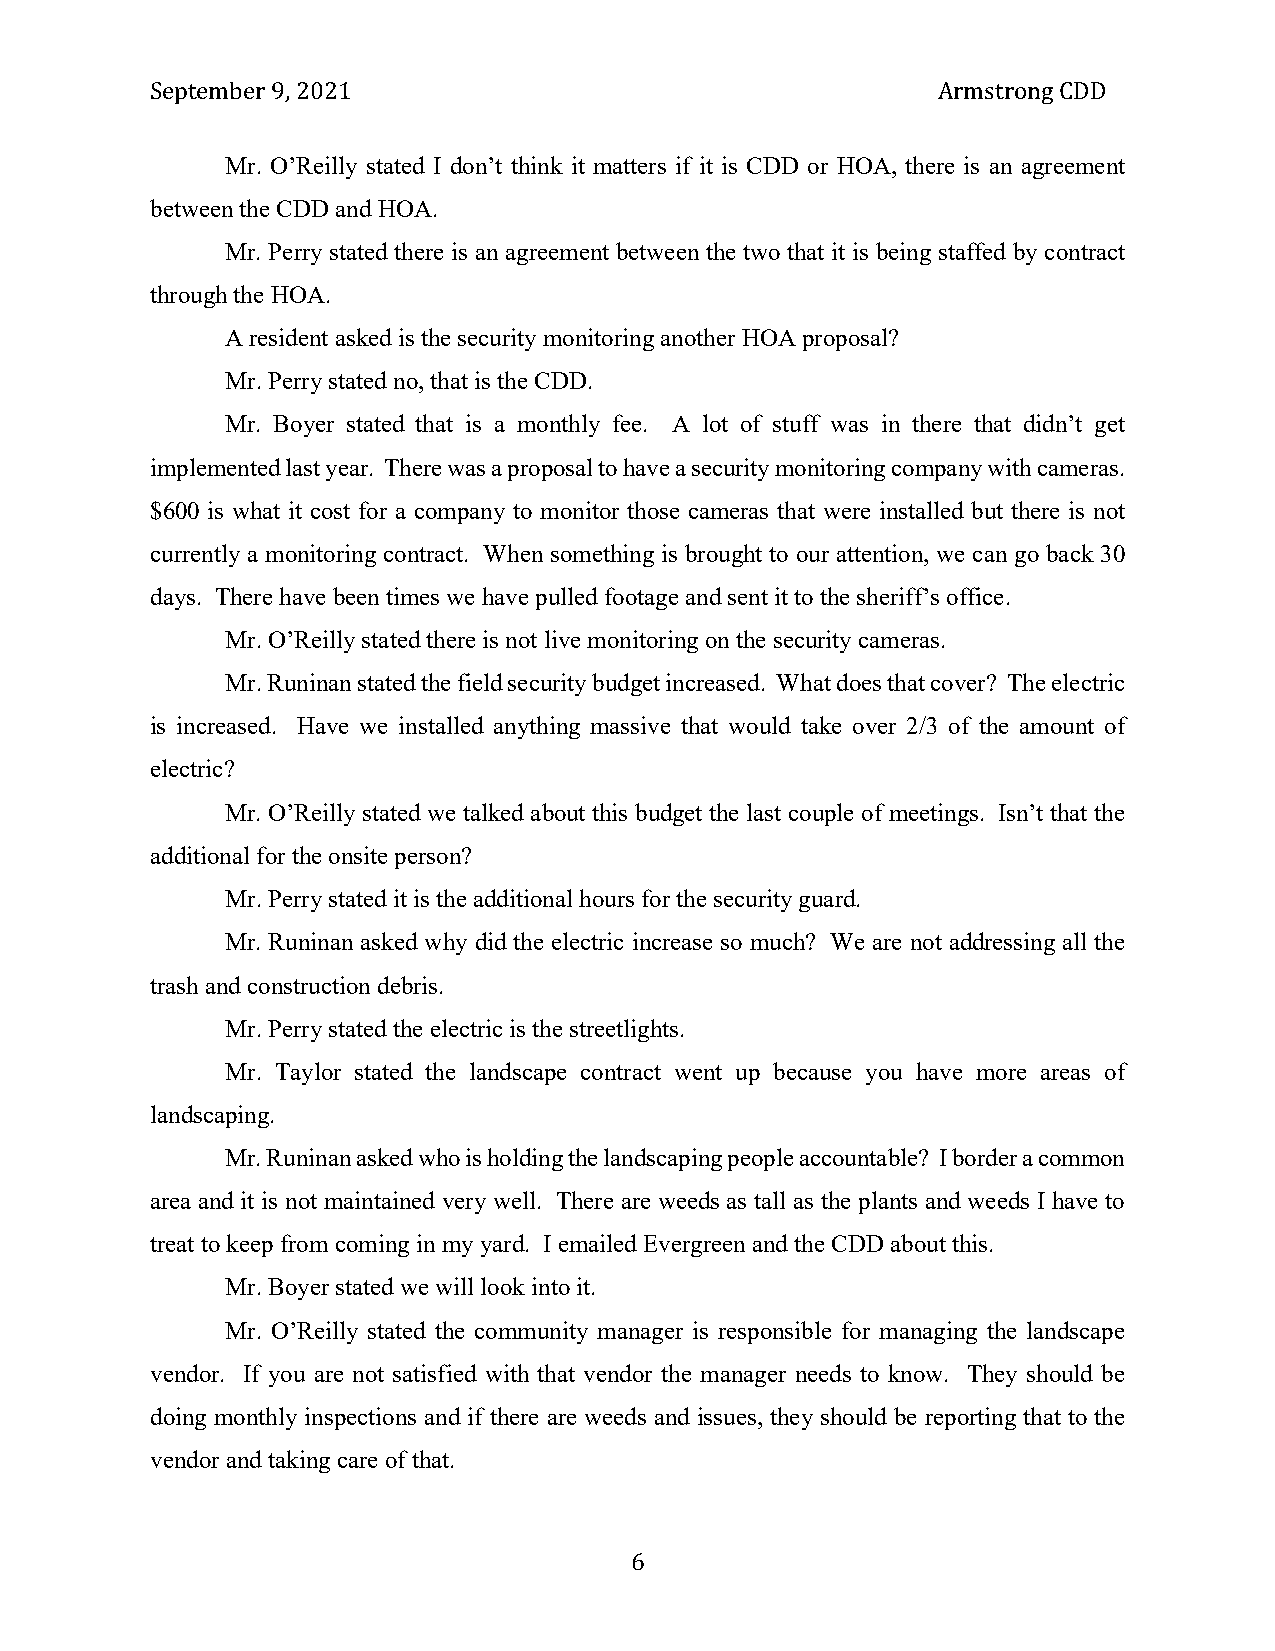
September 9, 2021                                   Armstrong CDD
 Mr. O’Reilly stated I don’t think it matters if it is CDD or HOA, there is an agreement
 between the CDD and HOA.
 Mr. Perry stated there is an agreement between the two that it is being staffed by contract
 through the HOA.
 A resident asked is the security monitoring another HOA proposal?
 Mr. Perry stated no, that is the CDD.
 Mr. Boyer stated that is a monthly fee. A lot of stuff was in there that didn’t get
 implemented last year. There was a proposal to have a security monitoring company with cameras.
 $600 is what it cost for a company to monitor those cameras that were installed but there is not
 currently a monitoring contract. When something is brought to our attention, we can go back 30
 days. There have been times we have pulled footage and sent it to the sheriff’s office.
 Mr. O’Reilly stated there is not live monitoring on the security cameras.
 Mr. Runinan stated the field security budget increased. What does that cover? The electric
 is increased. Have we installed anything massive that would take over 2/3 of the amount of
 electric?
 Mr. O’Reilly stated we talked about this budget the last couple of meetings. Isn’t that the
 additional for the onsite person?
 Mr. Perry stated it is the additional hours for the security guard.
 Mr. Runinan asked why did the electric increase so much? We are not addressing all the
 trash and construction debris.
 Mr. Perry stated the electric is the streetlights.
 Mr. Taylor stated the landscape contract went up because you have more areas of
 landscaping.
 Mr. Runinan asked who is holding the landscaping people accountable? I border a common
 area and it is not maintained very well. There are weeds as tall as the plants and weeds I have to
 treat to keep from coming in my yard. I emailed Evergreen and the CDD about this.
 Mr. Boyer stated we will look into it.
 Mr. O’Reilly stated the community manager is responsible for managing the landscape
 vendor. If you are not satisfied with that vendor the manager needs to know. They should be
 doing monthly inspections and if there are weeds and issues, they should be reporting that to the
 vendor and taking care of that.
 6